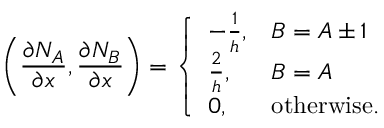
\left( \frac { \partial N _ { A } } { \partial x } , \frac { \partial N _ { B } } { \partial x } \right) = \left\{ \begin{array} { l l } { - \frac { 1 } { h } , } & { B = A \pm 1 } \\ { \frac { 2 } { h } , } & { B = A } \\ { 0 , } & { \mathrm { o t h e r w i s e } . } \end{array} \right.